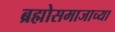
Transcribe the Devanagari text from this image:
ब्रह्मोसमाजाच्या